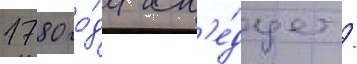
1780 го́да сл'е́дует /